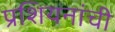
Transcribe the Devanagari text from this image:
प्रशियनांची